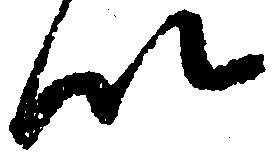
以